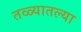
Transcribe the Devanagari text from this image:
तळ्यातल्या